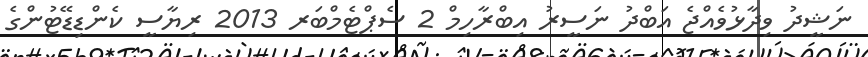
ނަޝީދު ވިދާޅުވެއްޖެ އަބްދު ނަސީރު އިބްރާހިމް 2 ސެޕްޓެމްބަރ 2013 ރިޔާސީ ކެންޑިޑޭޓުންގެ